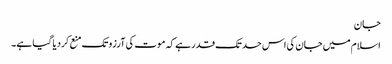
جان
اسلام میں جان کی اس حد تک قدر ہے کہ موت کی آرزو تک منع کردیا گیا ہے۔